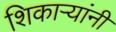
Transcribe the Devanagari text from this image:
शिकाऱ्यांनी